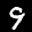
Label: 9